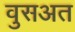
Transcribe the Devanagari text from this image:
वुसअत